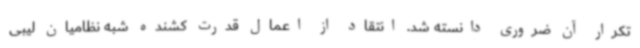
تکرار آن ضروری دانسته شد. انتقاد از اعمال قدرت کشنده شبه نظامیان لیبی